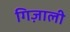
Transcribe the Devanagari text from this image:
गिज़ाली